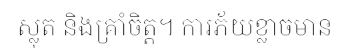
ស្លុត និងគ្រាំចិត្ត។ ការភ័យខ្លាចមាន